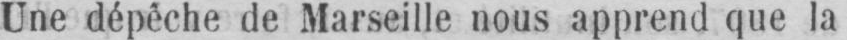
Une dépêche de Marseille nous apprend que la